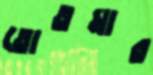
তোতমার